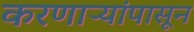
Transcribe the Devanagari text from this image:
करणाऱ्यांपासून